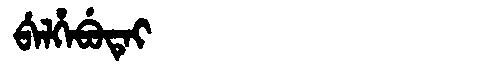
Manchu: ᠪᡝᠯᡥᡝᠪᡠᡨᡝᡳ
Romanization: BELHEBUTEI